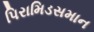
પિરામિડસમાન